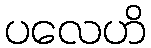
ပလေဟိ